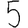
Digit: 5